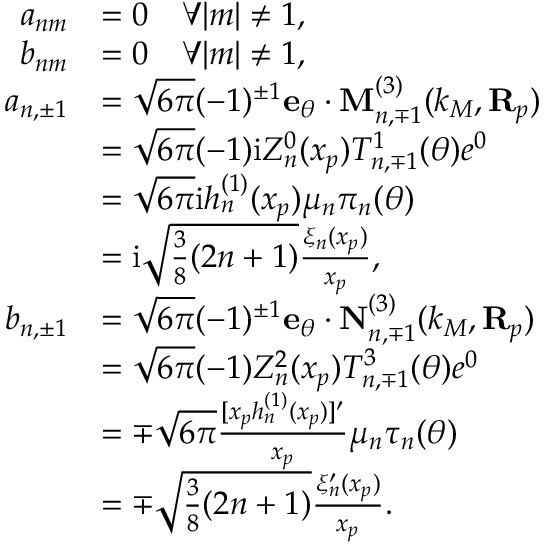
\begin{array} { r l } { a _ { n m } } & { = 0 \quad \forall | m | \neq 1 , } \\ { b _ { n m } } & { = 0 \quad \forall | m | \neq 1 , } \\ { a _ { n , \pm 1 } } & { = \sqrt { 6 \pi } ( - 1 ) ^ { \pm 1 } \mathbf { e } _ { \theta } \cdot \mathbf { M } _ { n , \mp 1 } ^ { ( 3 ) } ( k _ { M } , \mathbf { R } _ { p } ) } \\ & { = \sqrt { 6 \pi } ( - 1 ) \mathrm { i } Z _ { n } ^ { 0 } ( x _ { p } ) T _ { n , \mp 1 } ^ { 1 } ( \theta ) e ^ { 0 } } \\ & { = \sqrt { 6 \pi } \mathrm { i } h _ { n } ^ { ( 1 ) } ( x _ { p } ) \mu _ { n } \pi _ { n } ( \theta ) } \\ & { = \mathrm { i } \sqrt { \frac { 3 } { 8 } ( 2 n + 1 ) } \frac { \xi _ { n } ( x _ { p } ) } { x _ { p } } , } \\ { b _ { n , \pm 1 } } & { = \sqrt { 6 \pi } ( - 1 ) ^ { \pm 1 } \mathbf { e } _ { \theta } \cdot \mathbf { N } _ { n , \mp 1 } ^ { ( 3 ) } ( k _ { M } , \mathbf { R } _ { p } ) } \\ & { = \sqrt { 6 \pi } ( - 1 ) Z _ { n } ^ { 2 } ( x _ { p } ) T _ { n , \mp 1 } ^ { 3 } ( \theta ) e ^ { 0 } } \\ & { = \mp \sqrt { 6 \pi } \frac { [ x _ { p } h _ { n } ^ { ( 1 ) } ( x _ { p } ) ] ^ { \prime } } { x _ { p } } \mu _ { n } \tau _ { n } ( \theta ) } \\ & { = \mp \sqrt { \frac { 3 } { 8 } ( 2 n + 1 ) } \frac { \xi _ { n } ^ { \prime } ( x _ { p } ) } { x _ { p } } . } \end{array}